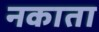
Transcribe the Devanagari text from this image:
नकाता